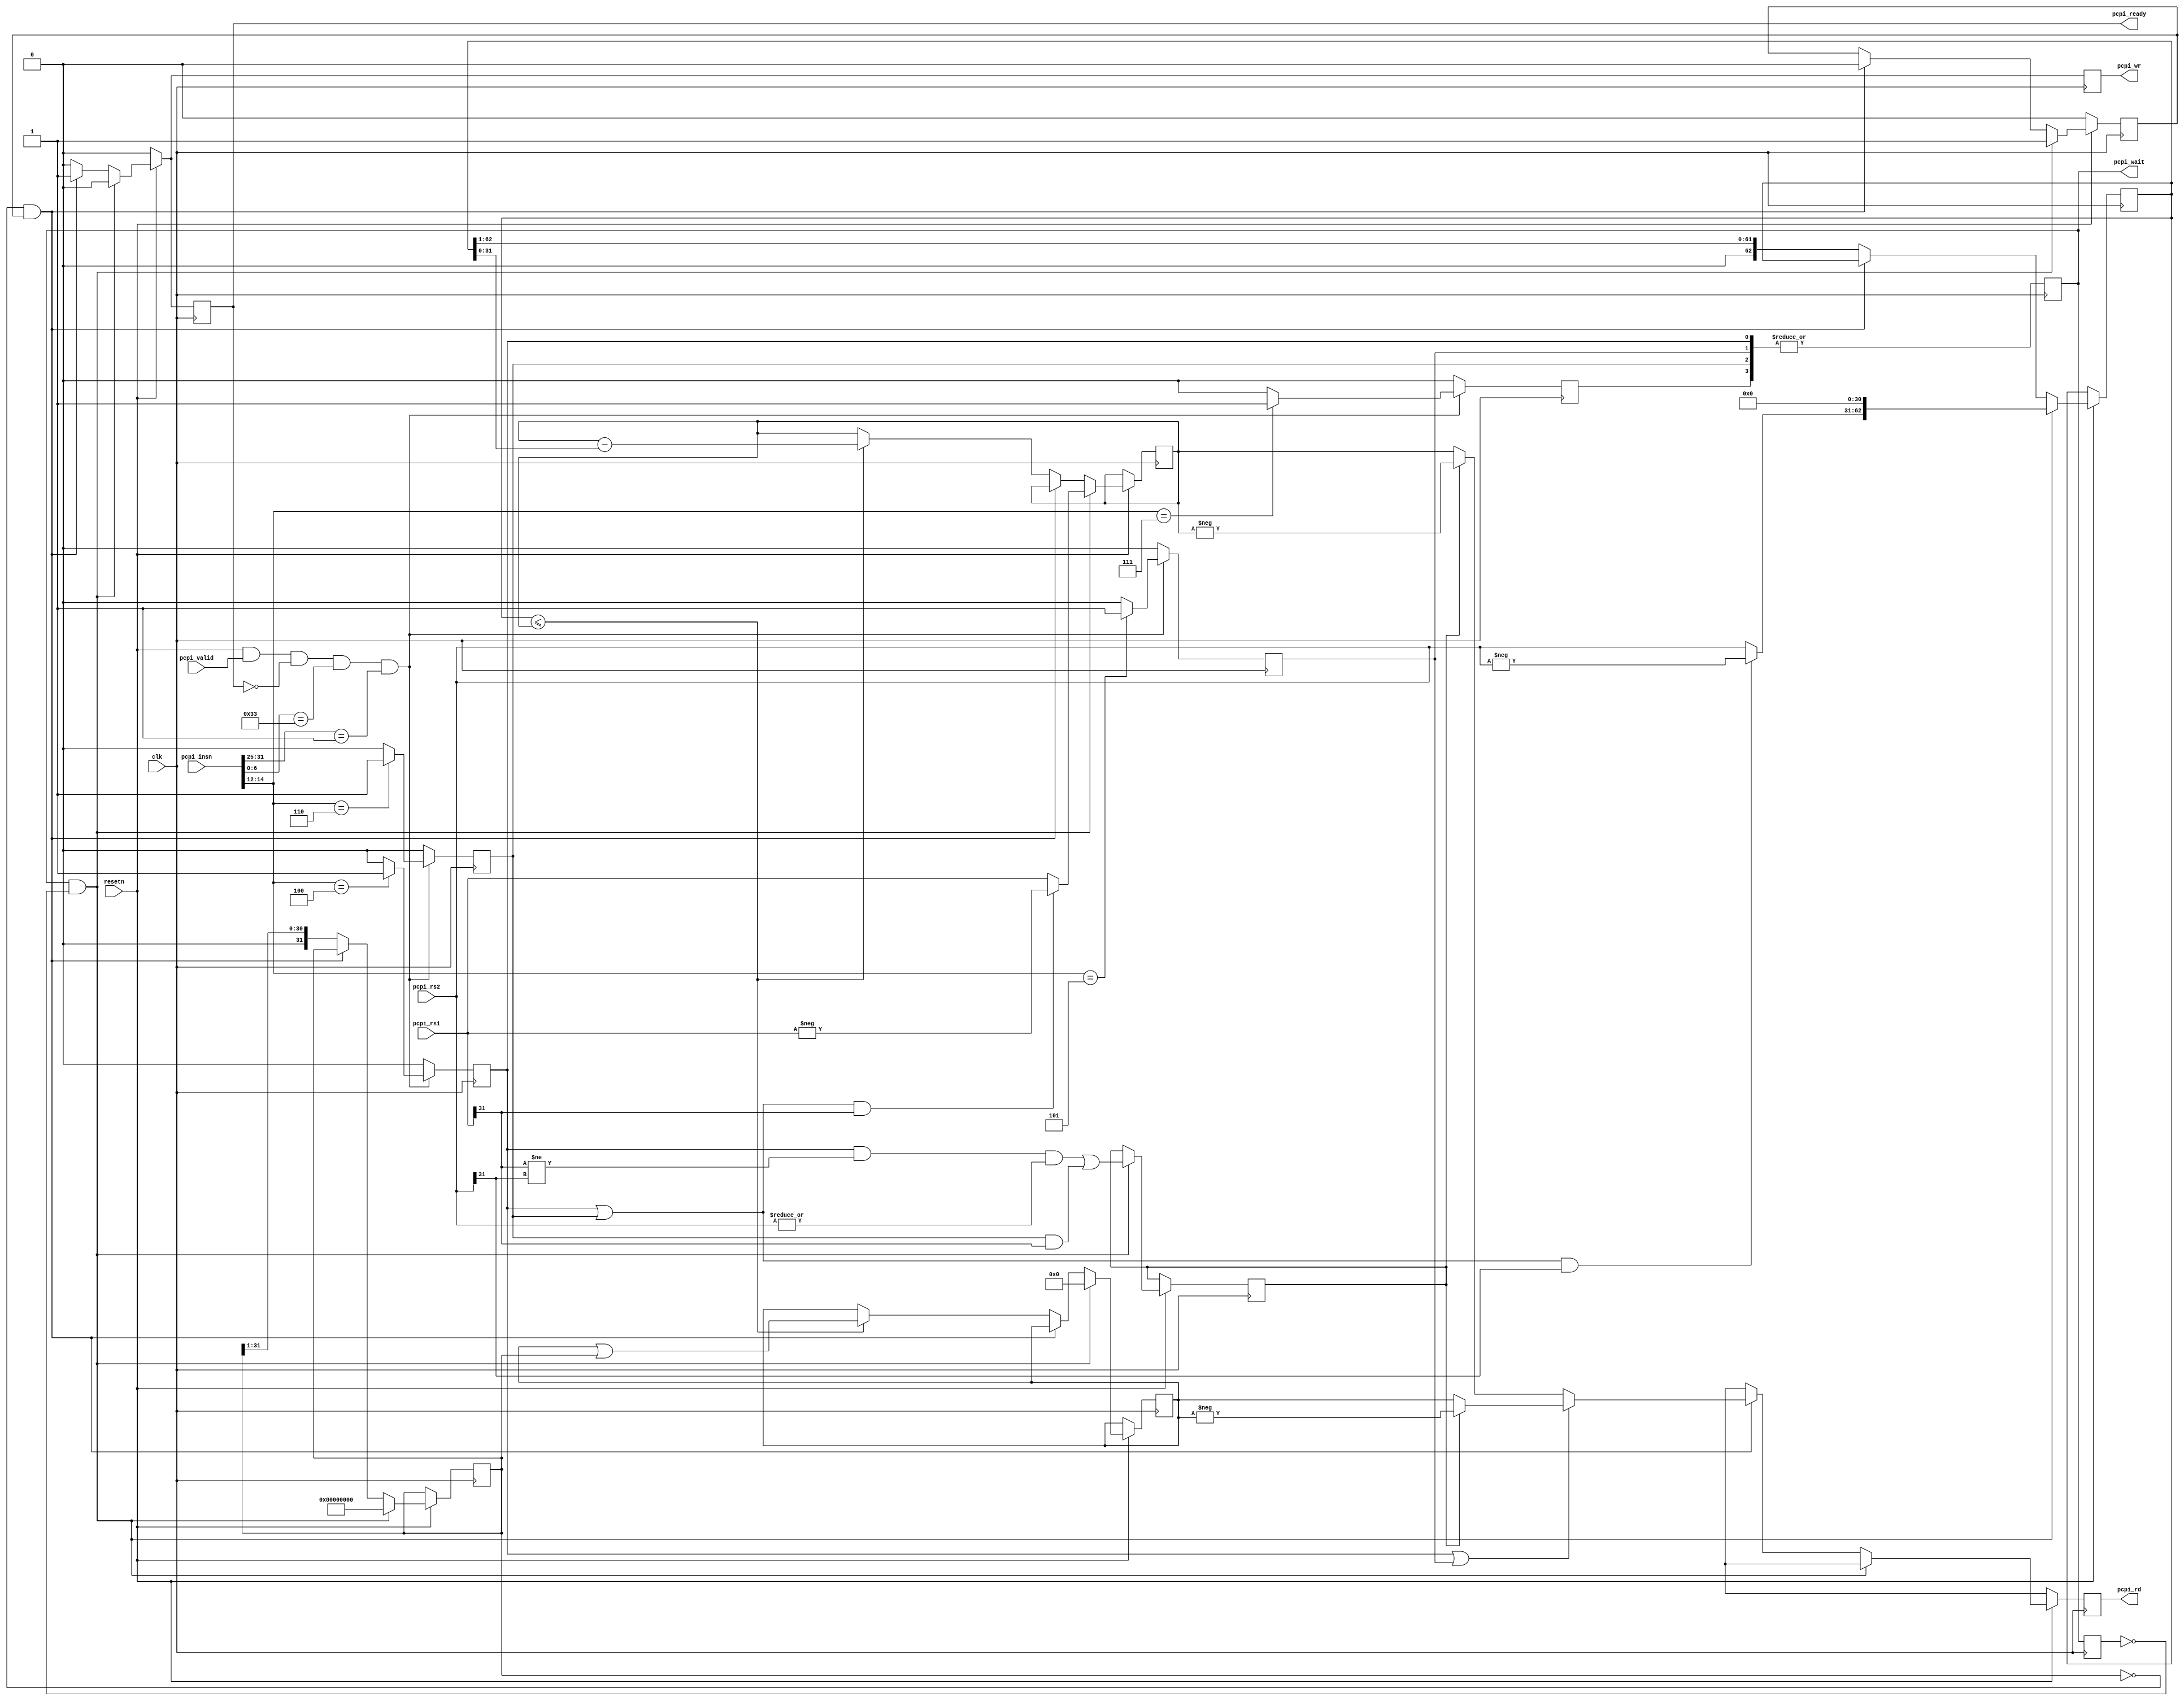
module picorv32_pcpi_div_1 (
	input clk, resetn,
	input             pcpi_valid,
	input      [31:0] pcpi_insn,
	input      [31:0] pcpi_rs1,
	input      [31:0] pcpi_rs2,
	output reg        pcpi_wr,
	output reg [31:0] pcpi_rd,
	output reg        pcpi_wait,
	output reg        pcpi_ready
);
	reg instr_div, instr_divu, instr_rem, instr_remu;
	wire instr_any_div_rem = |{instr_div, instr_divu, instr_rem, instr_remu};
	reg pcpi_wait_q;
	wire start = pcpi_wait && !pcpi_wait_q;
	always @(posedge clk) begin
		instr_div <= 0;
		instr_divu <= 0;
		instr_rem <= 0;
		instr_remu <= 0;
		if (resetn && pcpi_valid && !pcpi_ready && pcpi_insn[6:0] == 7'b0110011 && pcpi_insn[31:25] == 7'b0000001) begin
			case (pcpi_insn[14:12])
				3'b100: instr_div <= 1;
				3'b101: instr_divu <= 1;
				3'b110: instr_rem <= 1;
				3'b111: instr_remu <= 1;
			endcase
		end
		pcpi_wait <= instr_any_div_rem;
		pcpi_wait_q <= pcpi_wait;
	end
	reg [31:0] dividend;
	reg [62:0] divisor;
	reg [31:0] quotient;
	reg [31:0] quotient_msk;
	reg running;
	reg outsign;
	always @(posedge clk) begin
		pcpi_ready <= 0;
		pcpi_wr <= 0;
		pcpi_rd <= 'bx;
		if (!resetn) begin
			running <= 0;
		end else
		if (start) begin
			running <= 1;
			dividend <= (instr_div || instr_rem) && pcpi_rs1[31] ? -pcpi_rs1 : pcpi_rs1;
			divisor <= ((instr_div || instr_rem) && pcpi_rs2[31] ? -pcpi_rs2 : pcpi_rs2) << 31;
			outsign <= (instr_div && (pcpi_rs1[31] != pcpi_rs2[31]) && |pcpi_rs2) || (instr_rem && pcpi_rs1[31]);
			quotient <= 0;
			quotient_msk <= 1 << 31;
		end else
		if (!quotient_msk && running) begin
			running <= 0;
			pcpi_ready <= 1;
			pcpi_wr <= 1;
			if (instr_div || instr_divu)
				pcpi_rd <= outsign ? -quotient : quotient;
			else
				pcpi_rd <= outsign ? -dividend : dividend;
		end else begin
			if (divisor <= dividend) begin
				dividend <= dividend - divisor;
				quotient <= quotient | quotient_msk;
			end
			divisor <= divisor >> 1;
			quotient_msk <= quotient_msk >> 1;
		end
	end
endmodule